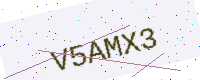
Text: V5AMX3